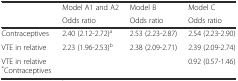
|  | Model A1 and A2 | Model B | Model C |
 |  | Odds ratio | Odds ratio | Odds ratio |
 | --- | --- | --- | --- |
 | Contraceptives | 2.40 (2.12-2.72)a | 2.53 (2.23-2.87) | 2.54 (2.23-2.90) |
 | VTE in relative | 2.23 (1.96-2.53)b | 2.38 (2.09-2.71) | 2.39 (2.09-2.74) |
 | VTE in relative *Contraceptives |  |  | 0.92 (0.57-1.46) |